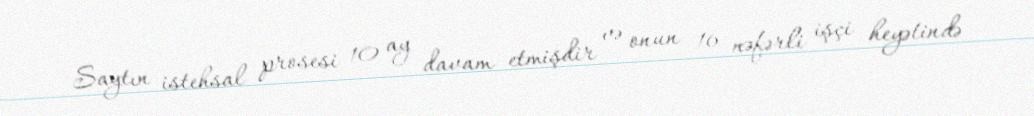
Saytın istehsal prosesi 10 ay davam etmişdir və onun 16 nəfərli işçi heyətində